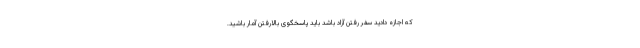
که اجازه دادید سفر رفتن آزاد باشد باید پاسخگوی بالارفتن آمار باشید.